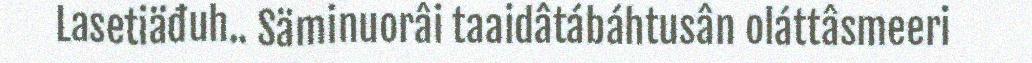
Lasetiäđuh.. Säminuorâi taaidâtábáhtusân oláttâsmeeri